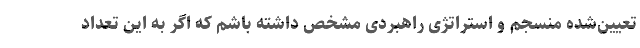
تعیین‌شده منسجم و استراتژی راهبردی مشخص داشته باشم که اگر به این تعداد